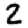
Digit: 2